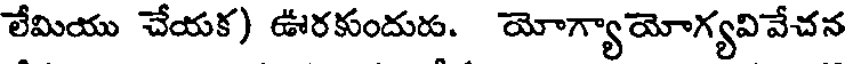
లేమియు చేయక) ఊరకుందురు. యోగ్యాయోగ్యవివేచన